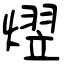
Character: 熤